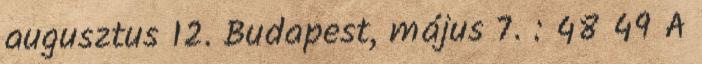
augusztus 12. Budapest, május 7. : 48 49 A